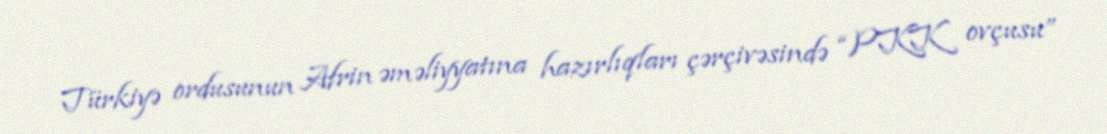
Türkiyə ordusunun Afrin əməliyyatına hazırlıqları çərçivəsində “PKK ovçusu”